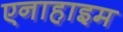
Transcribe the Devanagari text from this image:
एनाहाइम